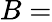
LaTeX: B=